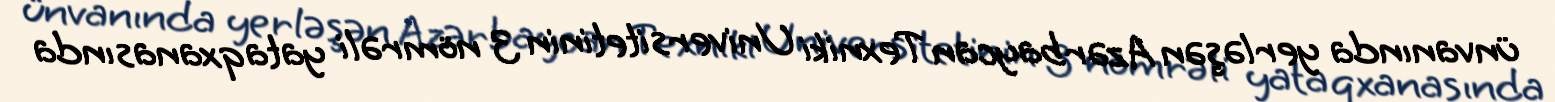
ünvanında yerləşən Azərbaycan Texniki Universitetinin 3 nömrəli yataqxanasında